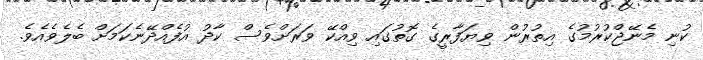
ކުނި މެނޭޖްކުރުމުގެ އިތުރުން ވިޔަފާރީގެ ގޮތުގައި ވިއްކޭ ވަރަށްވެސް ކާދު އުފެއްދޭނެކަމަށް ބެލެވެއެވެ.